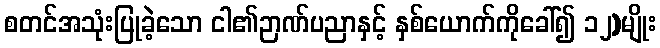
စတင်အသုံးပြုခဲ့သော ငါ၏ဉာဏ်ပညာနှင့် နှစ်ယောက်ကိုခေါ်၍ ၁၂)မျိုး